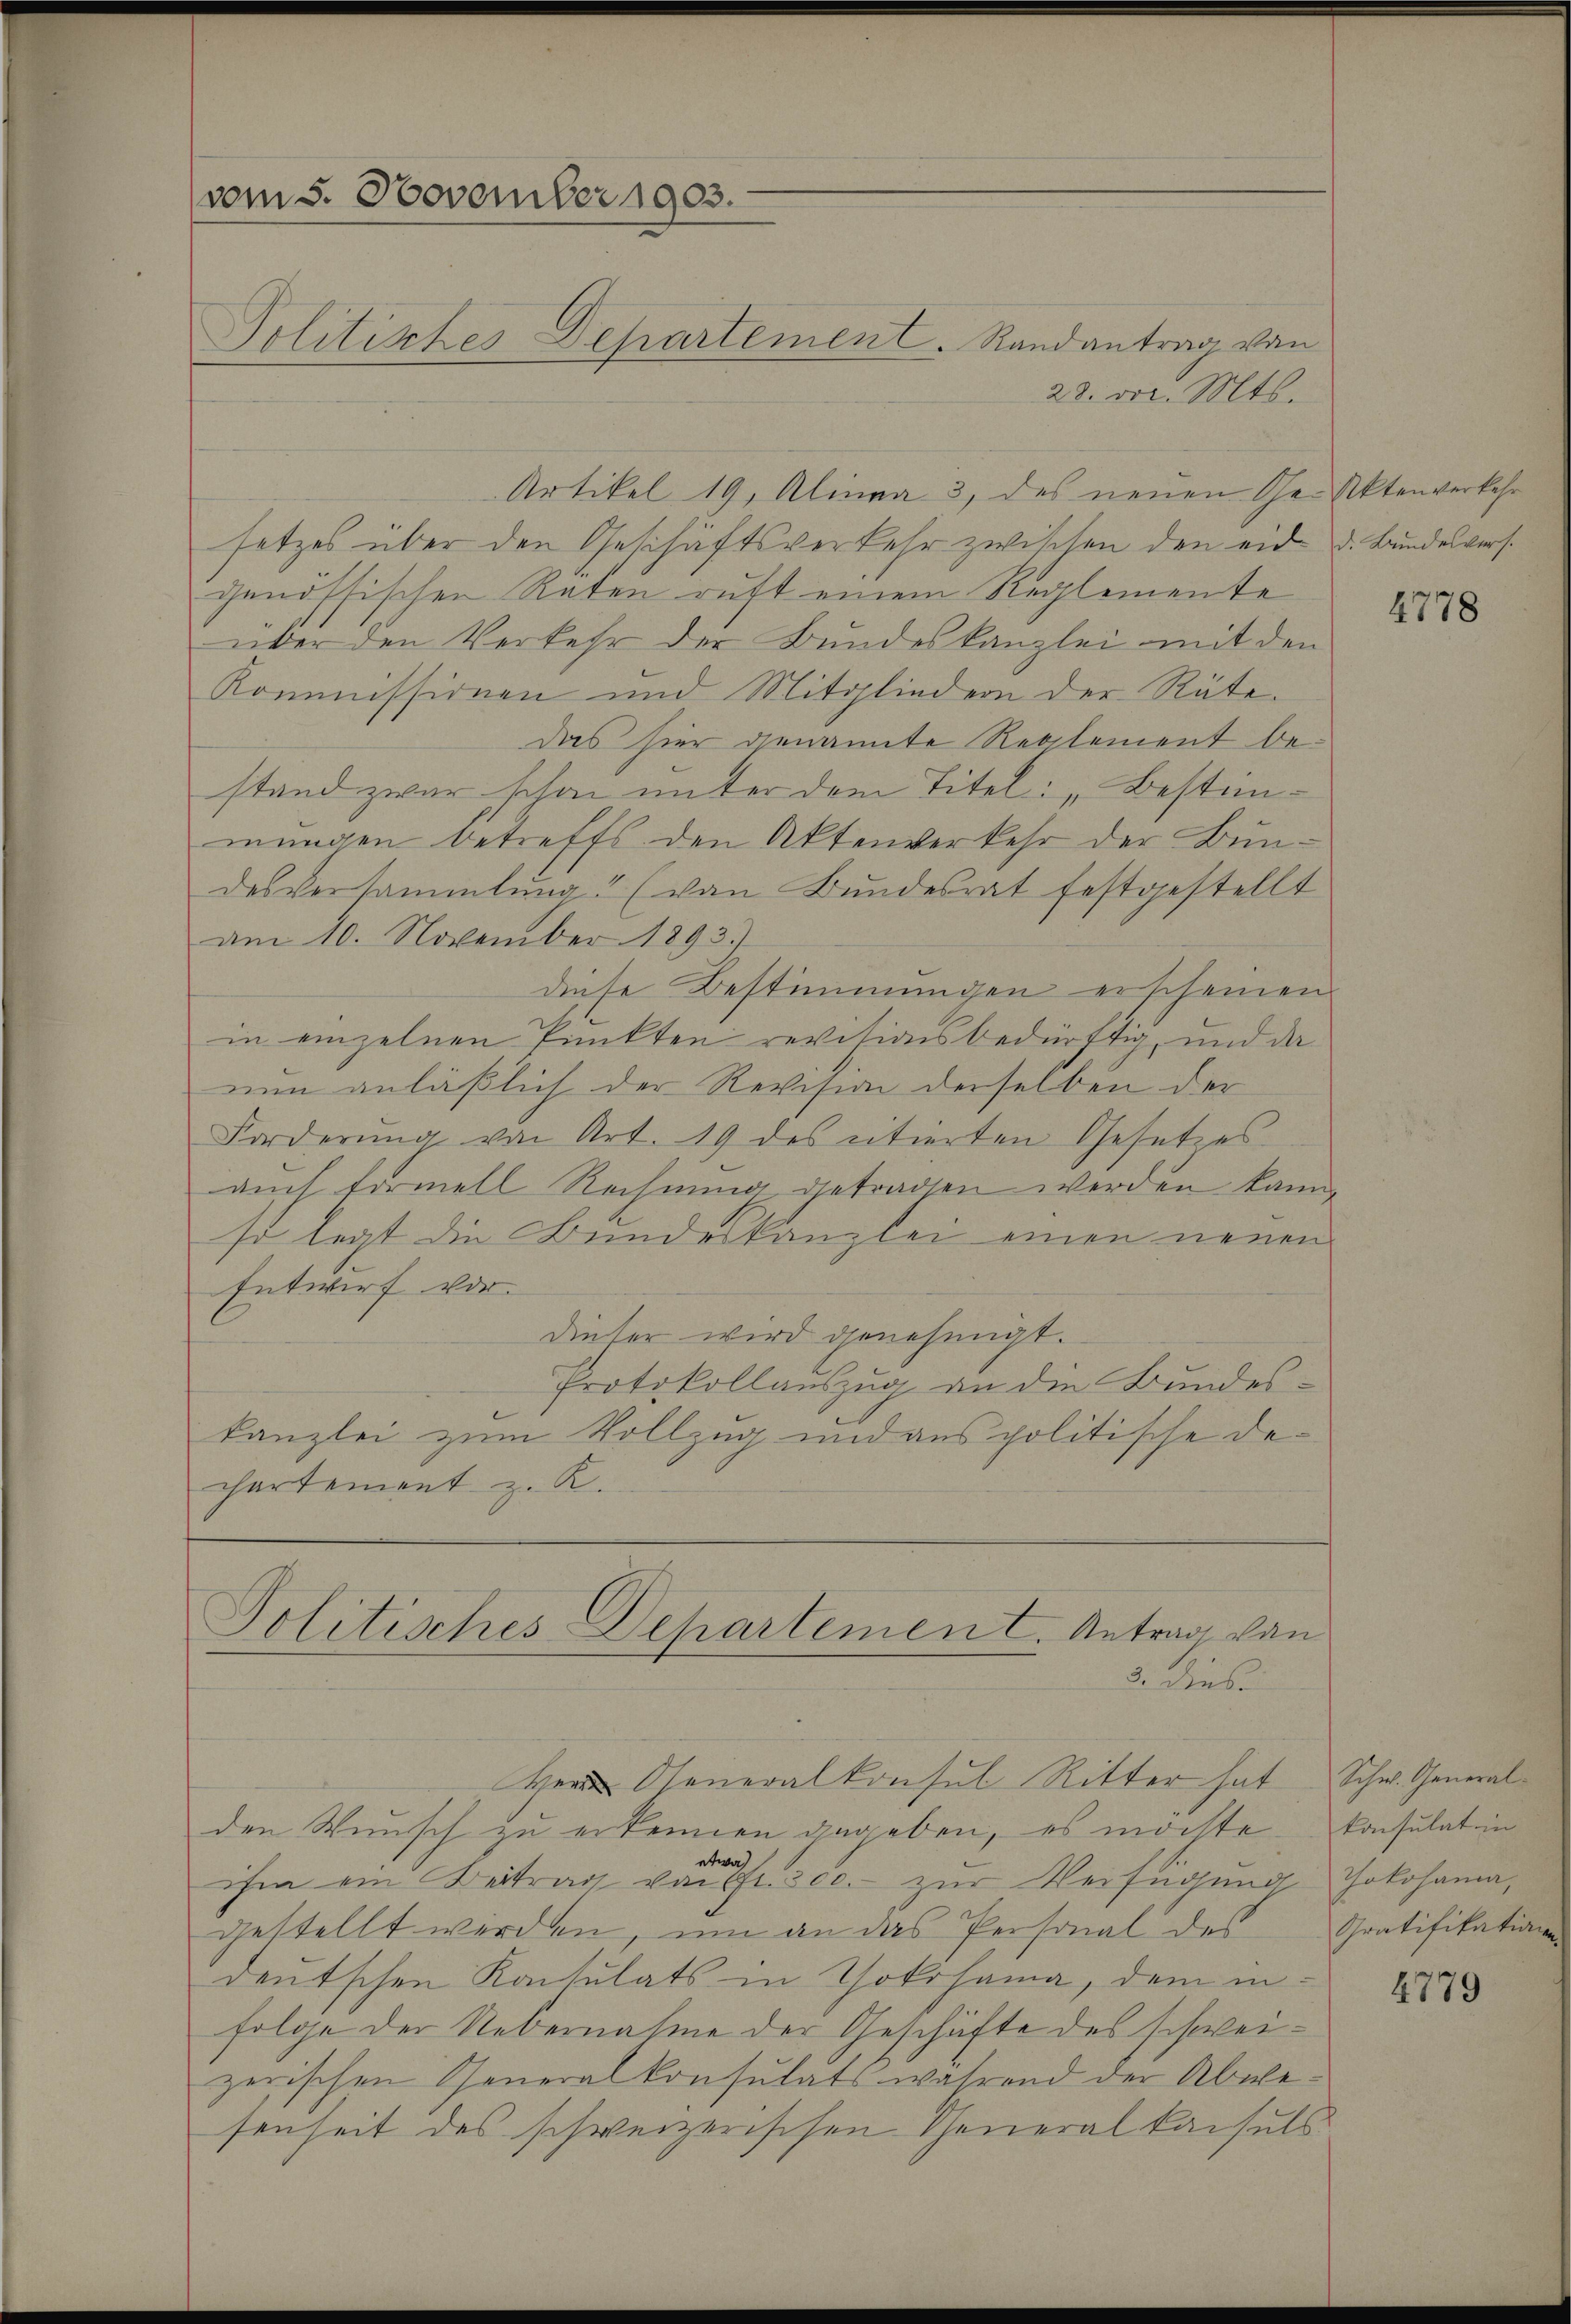
(vom 5. November 1903.
Politiktes Departement. Randantrag von

28. v. Mts.
Artikel 19, Alinea 3, des neŭen Scher Aktenverkehr
setzes über den Geschäftsverkehr zwischen den eid d. Bundesvers.
genössischen Raten ruft einem Reglemente
über den Verkehr der Bundeskanzlei mit den
Kommissionen und Mitgliedern der Räte.
Das hier genannte Reglement bestand zwar schon unter dem Titel: „Bestimmungen betreffs den Aktenverkehr der Bundesversammlung (von Bundesrat festgestellt
am 10. November 1893.)
diese Bestimmungen erscheinen.
in einzelnen Punkten revisionsbedürftig, und da
nun anläßlich der Revision derselben der
Forderŭng von Art. 19 des citierten Gesetzes
auch formell Rechnung getragen werden kann,
so legt die Bundeskanzlei einen neuen
Entwurf vor.
dieser wird genehmigt.
Protokollauszug an die Bundes-
kanzlei zum Vollzug und aus politische Dechartement z. R.
Politisches Departement. Antrag von
3. dies

Herrn Oseneralkonsul Ritter hat
den Wunsch zu erkennen dageben, es möchte.
etwa
ihm ein Beitrag von fr. 300.- zur Verfügung
gestellt werden, um an das Personal des
deutschen Konsulats in Yokohama, dem infolge der Uebernahme der Geschäfte des schweizerischen Generalkonsulats während der Abwesenheit des schweizerischen Cheneral kaisels

4778

Schw. General-
konsulat in
Jokohann,
Gratifikatione

4779